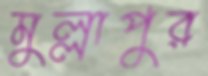
মুল্লাপুর